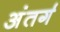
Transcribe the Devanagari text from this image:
अंतर्ग